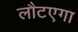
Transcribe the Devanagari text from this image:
लौटएगा